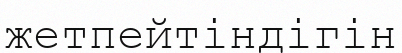
жетпейтіндігін